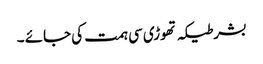
بشرطیکہ تھوڑی سی ہمت کی جائے ۔